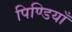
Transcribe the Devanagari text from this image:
पिण्डियाँ